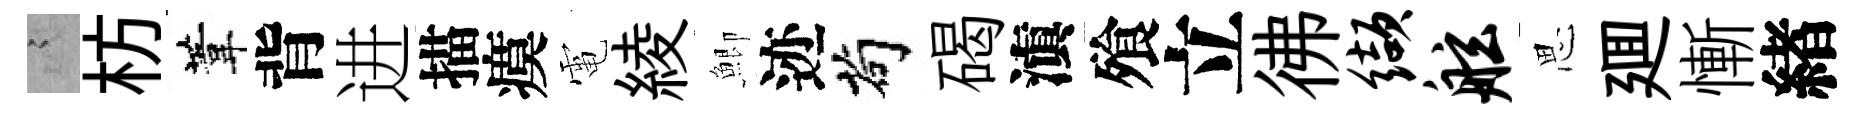
謭枋葦背进描瘼電綾鯽迹茍碣滇飱立彿缬舷思廽慚緖